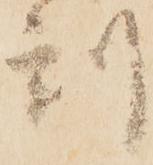
刻